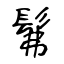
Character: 髴